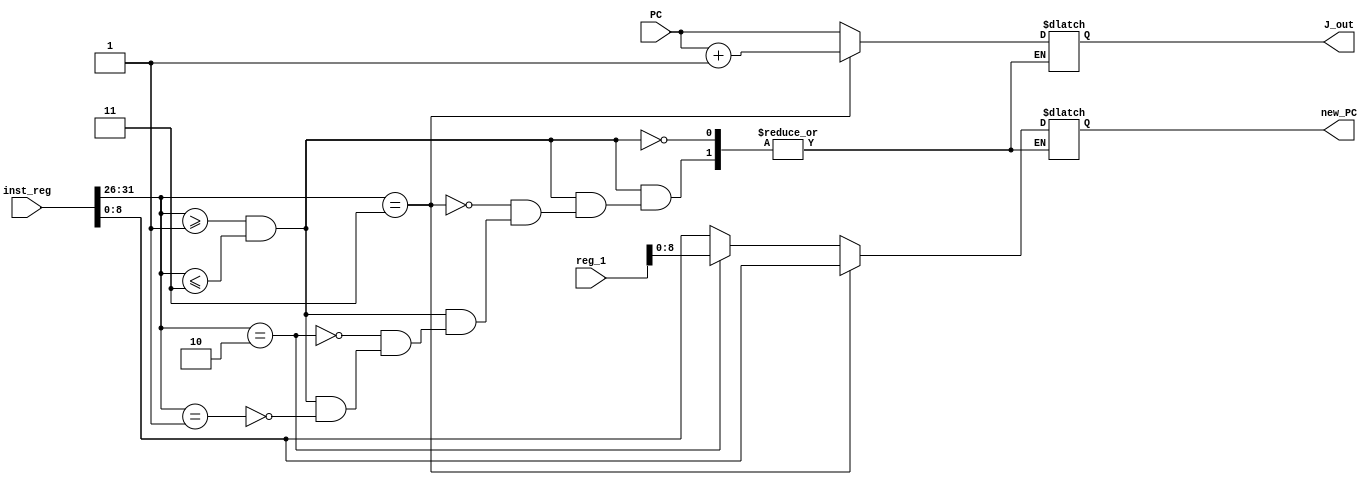
// 190154 Anmol Pabla   190620 Pranab Pandey
module J_Jump(inst_reg, PC, reg_1, new_PC, J_out);

    input [31:0] inst_reg;
    input [8:0] PC;
    input [31:0] reg_1;
    output reg[8:0] new_PC;    
    output reg[8:0] J_out;


    always@(*)
    begin
        if(inst_reg[31:26]>=1 && inst_reg[31:26]<=3) begin
            if(inst_reg[31:26]==1) begin // j
                J_out = PC;
                new_PC = inst_reg[25:0];
            end
            if(inst_reg[31:26]==2) begin // jr
                J_out = PC;
                new_PC = reg_1;
            end
            if(inst_reg[31:26]==3) begin //jal
                J_out = PC + 1;
                new_PC = inst_reg[25:0];
            end
        end
    end
endmodule